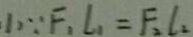
( 1 ) \because F _ { 1 } I _ { 1 } = F _ { 2 } l _ { 2 }